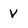
Character: v